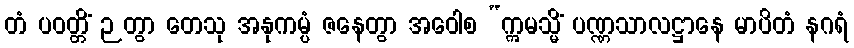
တံ ပဝတ္တိံ ဉတွာ တေသု အနုကမ္ပံ ဇနေတွာ အဝေါစ “ဣမသ္မိံ ပဏ္ဏသာလဋ္ဌာနေ မာပိတံ နဂရံ